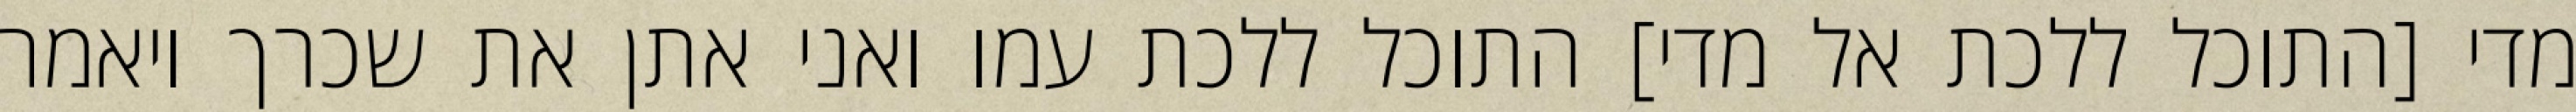
מדי [התוכל ללכת אל מדי] התוכל ללכת עמו ואני אתן את שכרך ויאמר